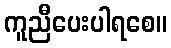
ကူညီပေးပါရစေ။